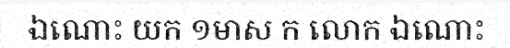
ឯណោះ យក ១មាស ក លោក ឯណោះ